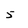
Character: 5